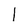
Character: 1